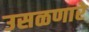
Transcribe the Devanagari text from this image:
उसळणारे